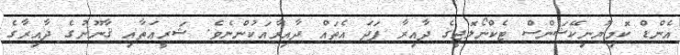
އެންޑް ކޮމިޔުނިކޭޝަންސް ޓެކްނޯލޮޖީގެ ދާއިރާ ފަދަ އެތައް ދާއިރާއަކުންނެވެ. ޝަރީޢަތާއި ޤާނޫނުގެ ދާއިރާގެ